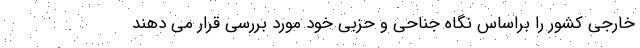
خارجی کشور را براساس نگاه جناحی و حزبی خود مورد بررسی قرار می دهند